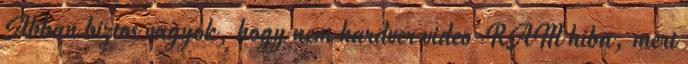
Abban biztos vagyok, hogy nem hardver video-RAM hiba, mert